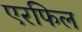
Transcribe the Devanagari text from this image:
एरफिल